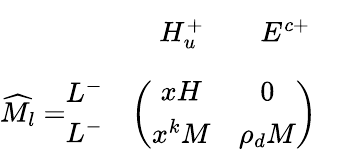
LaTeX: \begin{array}{rl}{{\vphantom{\bigg(}}}&{{\begin{array}{ccc}{{\quad H_{u}^{+}}}&{{\quad E^{c+}}}&{{}}\end{array}}}\\ {{\widehat{M}_{l}=\begin{array}{l}{{L^{-}}}\\ {{L^{-}}}\end{array}}}&{{\left(\begin{array}{cc}{{xH}}&{{0}}\\ {{x^{k}M}}&{{\rho_{d}M}}\end{array}\right)}}\end{array}